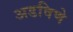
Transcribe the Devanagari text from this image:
अडविणे